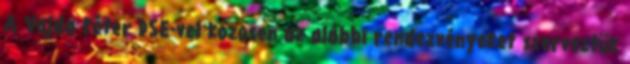
A Vajda Péter DSE-vel közösen az alábbi rendezvényeket szerveztük